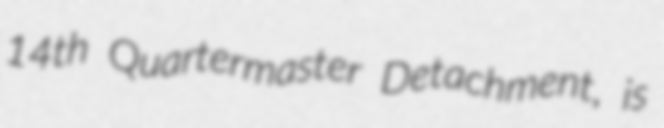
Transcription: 14th Quartermaster Detachment, is